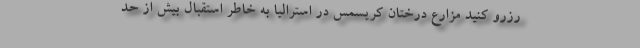
رزرو کنید مزارع درختان کریسمس در استرالیا به خاطر استقبال بیش از حد